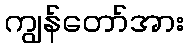
ကျွန်တော်အား